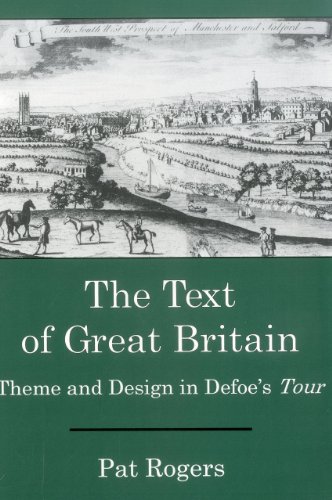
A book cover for The Text Of Great Britain: Theme and Design in Defoe's Tour (Apple- Zimmerman Series in Early Modern); Pat Rogers; Travel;